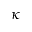
\kappa